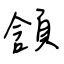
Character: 頷